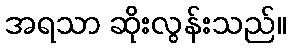
အရသာ ဆိုးလွန်းသည်။